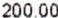
200.00